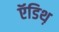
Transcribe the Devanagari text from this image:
ऍडिथ़